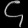
Digit: ၄